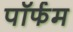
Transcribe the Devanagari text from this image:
पॉर्फम